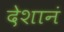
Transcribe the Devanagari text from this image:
देशानं